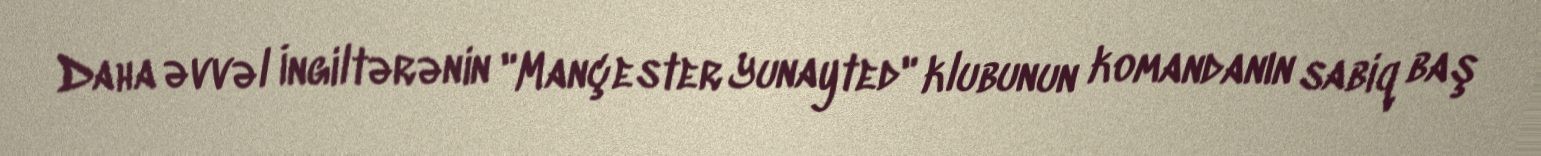
Daha əvvəl İngiltərənin "Mançester Yunayted" klubunun komandanın sabiq baş